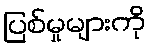
ပြစ်မှုများကို